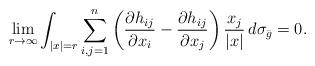
LaTeX: \begin{align*}\lim_{r\to \infty} \int_{|x|=r} \sum_{i,j=1}^n \left( \frac{\partial h_{ij}}{\partial x_i} - \frac{\partial h_{ij}}{\partial x_j}\right) \frac{x_j}{|x|} \, d\sigma_{\bar g}=0. \end{align*}